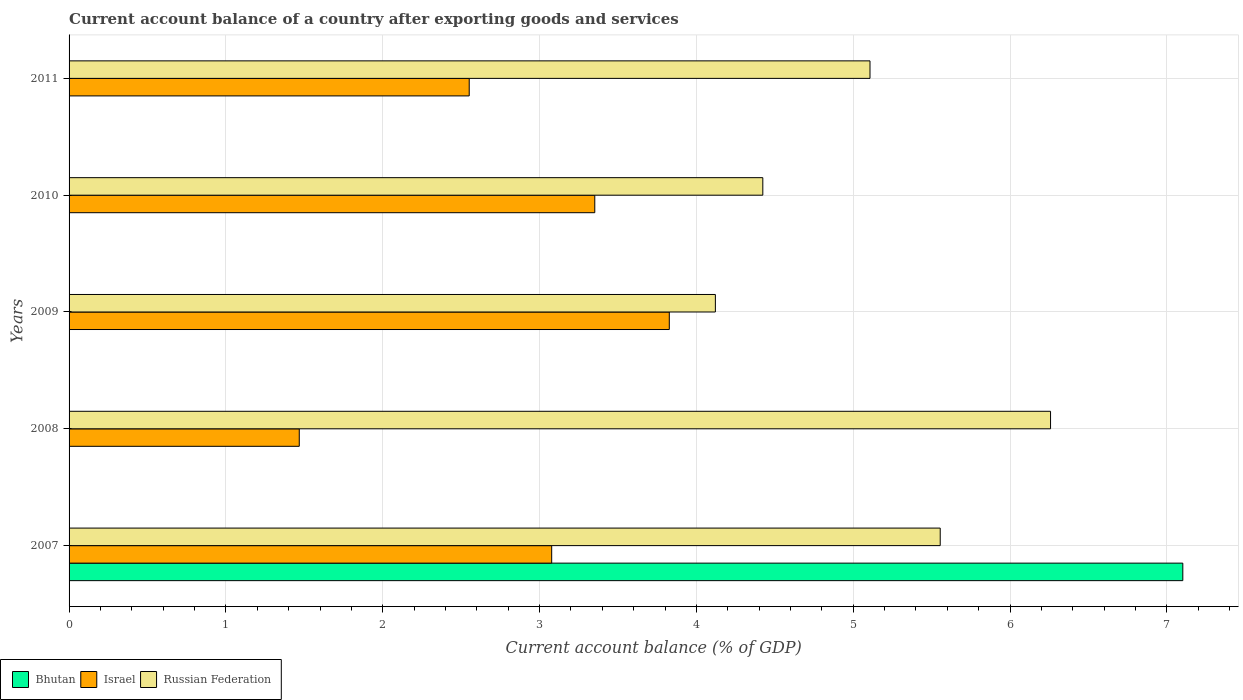
| Years | Bhutan | Israel | Russian Federation |
 | --- | --- | --- | --- |
 | 2007 | 7.1 | 3.08 | 5.55 |
 | 2008 | -8.94 | 1.47 | 6.26 |
 | 2009 | -5.21 | 3.83 | 4.12 |
 | 2010 | -20.4 | 3.35 | 4.42 |
 | 2011 | -28.9 | 2.55 | 5.11 |